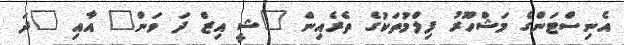
އެނިސްޓަންގެ މަޝްހޫރު ފިލްމުތަކުގެ ތެރެއިން "ޝީ އިޒް ދަ ވަން" އާއި "ދަ